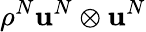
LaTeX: \rho^{N}\mathbf{u}^{N}\otimes\mathbf{u}^{N}